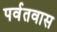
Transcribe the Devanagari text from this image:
पर्वतवास